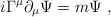
\begin{align*}i \Gamma^{\mu} \partial_{\mu} \Psi = m \Psi ~,\end{align*}